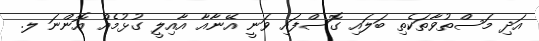
އަދި މަސްތުވާތަކެތި ބަލައި ގޮސްފައި ވަނީ އޭނާއާ އާއިލީ ގުޅުމެއް އޮންނަ ލ.